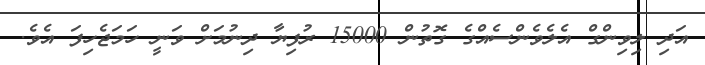
އަދި ލިވިންގް އެލެވެންސެއްގެ ގޮތުން 15000 ރުފިޔާ ދިނުމަށް ވަނީ ހަމަޖެހިފަ އެވެ.